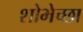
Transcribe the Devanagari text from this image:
शोभेच्छा